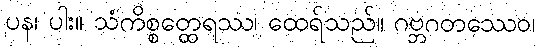
ပန၊ ပါး။ သံကိစ္စတ္ထေရဿ၊ ထေရ်သည်။ ဂဗ္ဘဂတဿေဝ၊